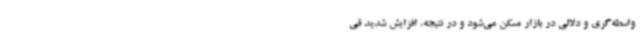
واسطه‌گری و دلالی در بازار مسکن می‌شود و در نتیجه، افزایش شدید قی